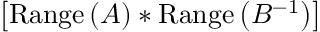
\left[ \mathrm { R a n g e } \left( A \right) * \mathrm { R a n g e } \left( B ^ { - 1 } \right) \right]